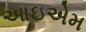
આઇએમ